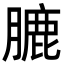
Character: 膔